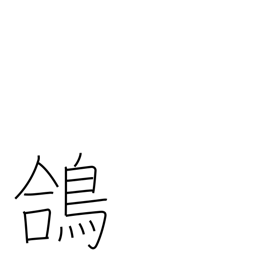
Meaning: temple pigeon